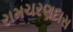
રામચરણદાસ